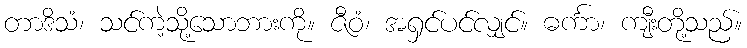
တာဒိသံ၊ သင်ကဲ့သို့သောဘားကို။ ဇီဝံ၊ အရှင်ပင်လျှင်။ ဓင်္ကာ၊ ကျီးတို့သည်။